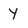
Character: Y